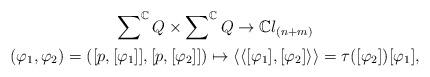
LaTeX: \begin{gather*}\sum\nolimits^{\mathbb{C}}Q\times \sum\nolimits^{\mathbb{C}}Q\rightarrow \mathbb{C}l_{(n+m)} \\(\varphi _{1},\varphi _{2})=([p,[\varphi _{1}]],[p,[\varphi _{2}]])\mapsto\left\langle \left\langle \lbrack \varphi _{1}],[\varphi _{2}]\right\rangle\right\rangle =\tau ([\varphi _{2}])[\varphi _{1}],\end{gather*}